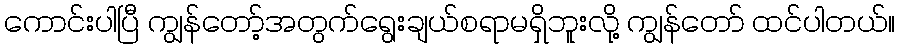
ကောင်းပါပြီ ကျွန်တော့်အတွက်ရွေးချယ်စရာမရှိဘူးလို့ ကျွန်တော် ထင်ပါတယ်။